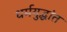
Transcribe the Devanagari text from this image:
धर्मयुद्धांत